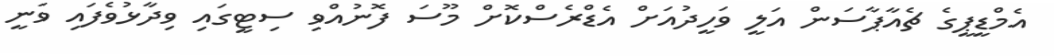
އެމްޑީޕީގެ ޗެއާޕާސަން އަލީ ވަހީދުއަށް އެޑްރެސްކޮށް މޫސަ ފޮނުއްވި ސިޓީގައި ވިދާޅުވެފައި ވަނީ